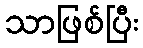
သာဖြစ်ပြီး